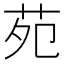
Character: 苑